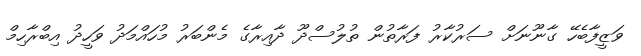
ވަޒީފާބެހޭ ގާނޫނަށް ސަރުކާރު ފަރާތުން ތުލުސްދޫ ދާއިރާގެ މެންބަރު މުހައްމަދު ވަހީދު އިބްރާހިމް